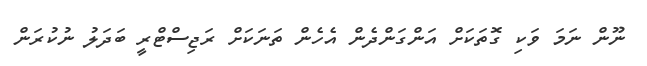
ނޫން ނަމަ ވަކި ގޮތަކަށް އަންގަންދެން އެހެން ތަނަކަށް ރަޖިސްޓްރީ ބަދަލު ނުކުރަން